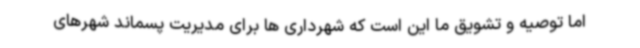
اما توصیه و تشویق ما این است که شهرداری ها برای مدیریت پسماند شهرهای